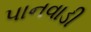
પાનવાડી